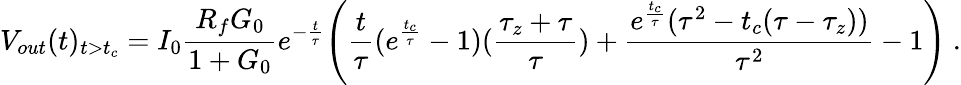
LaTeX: V_{out}(t)_{t>t_{c}}=I_{0}\frac{R_{f}G_{0}}{1+G_{0}}e^{-\frac{t}{\tau}}\Bigg(\frac{t}{\tau}(e^{\frac{t_{c}}{\tau}}-1)(\frac{\tau_{z}+\tau}{\tau})+\frac{e^{\frac{t_{c}}{\tau}}(\tau^{2}-t_{c}(\tau-\tau_{z}))}{\tau^{2}}-1\Bigg)~.